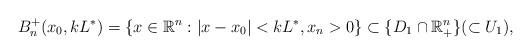
LaTeX: \begin{align*}B^+_n(x_0,kL^*) = \{x \in \mathbb R^n : |x - x_0| < kL^*, x_n > 0\}\subset \{D_1 \cap \mathbb R^n_+\} (\subset U_1),\end{align*}